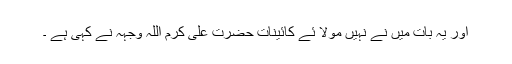
اور یہ بات میں نے نہیں مولا ئے کائینات حضرت علی کرم اللہ وجہہ نے کہی ہے ۔